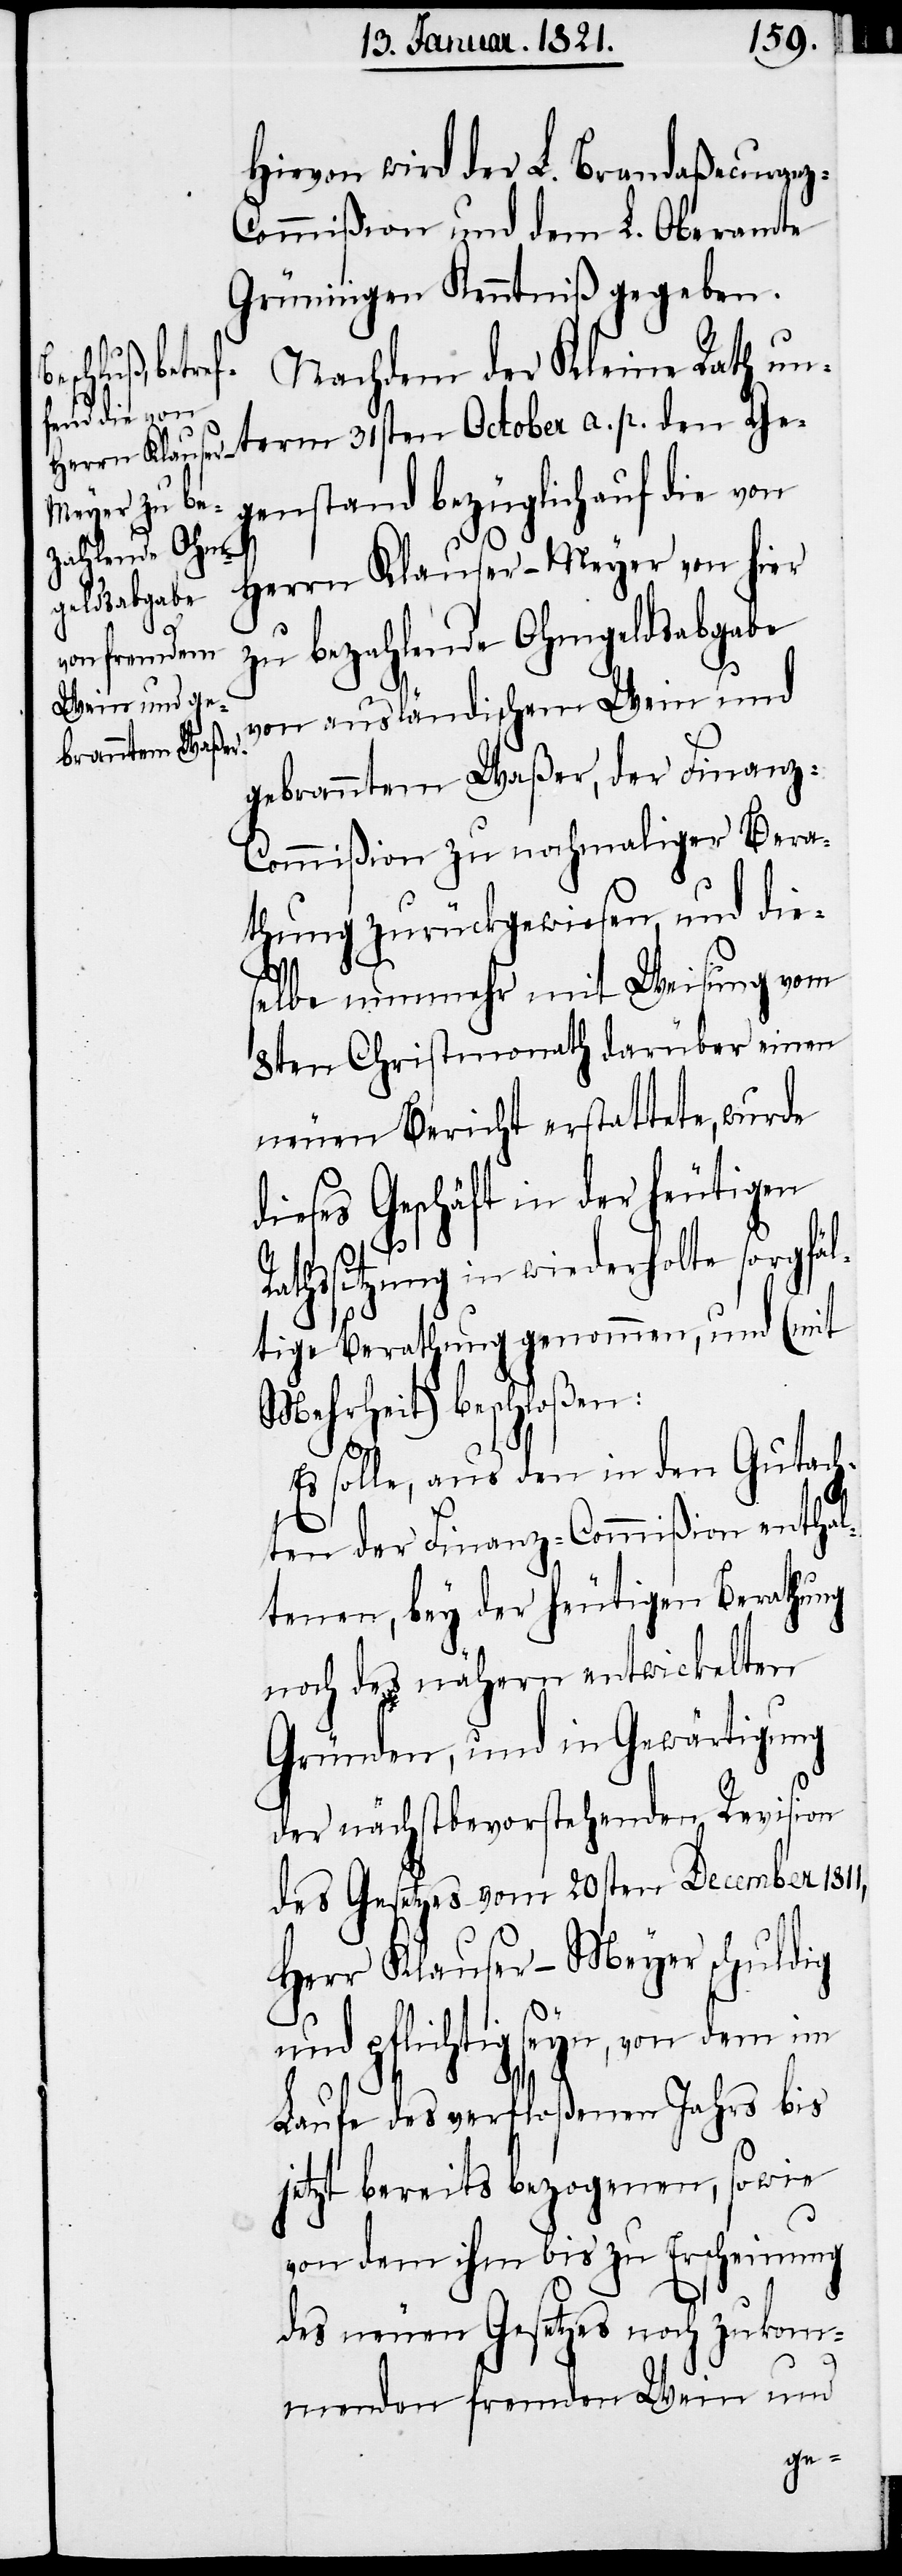
Hievon wird der L. Brandaßecuran¬
ommißion und dem L. Oberamte
Grüningen Kenntniß gegeben.
Kleine Rath unterm 31sten October a. p. den Ge¬
genstand bezüglich auf die von
Herrn Klauser-Meyer von hier
zu bezahlende Ohmgeldsabgabe
von ausländischem Wein und
gebranntem Waßer, der Finanz-C¬
ommißion zu nochmaliger Bera¬
thung zurückgewiesen, und die¬
R¬
selbe nunmehr mit Weisung vom
8ten Christhmonath darüber einen
neuen Bericht erstattete, wurde
dieses Geschäft in der heutigen
athssitzung in wiederholte sorgfäl¬
tige Berathung genommen, und (mit
Mehrheit) beschloßen:
Es solle, aus den in den Gutach¬
ten der Finanz-Commißion enthal¬
tenen, bey der heutigen Berathung
noch des näheren entwickelten
Gründen, und in Gewärtigung
der nächstbevorstehenden Revision
des Gesetzes vom 20sten December 1811,
Herr Klauser-Meyer schuldig
und pflichtig seyn, von dem im
Laufe des verfloßenen Jahrs bis
jetzt bereits bezogenen, sowie
von dem ihm bis zu Erscheinung
des neuen Gesetzes noch zukom¬
menden fremden Wein und